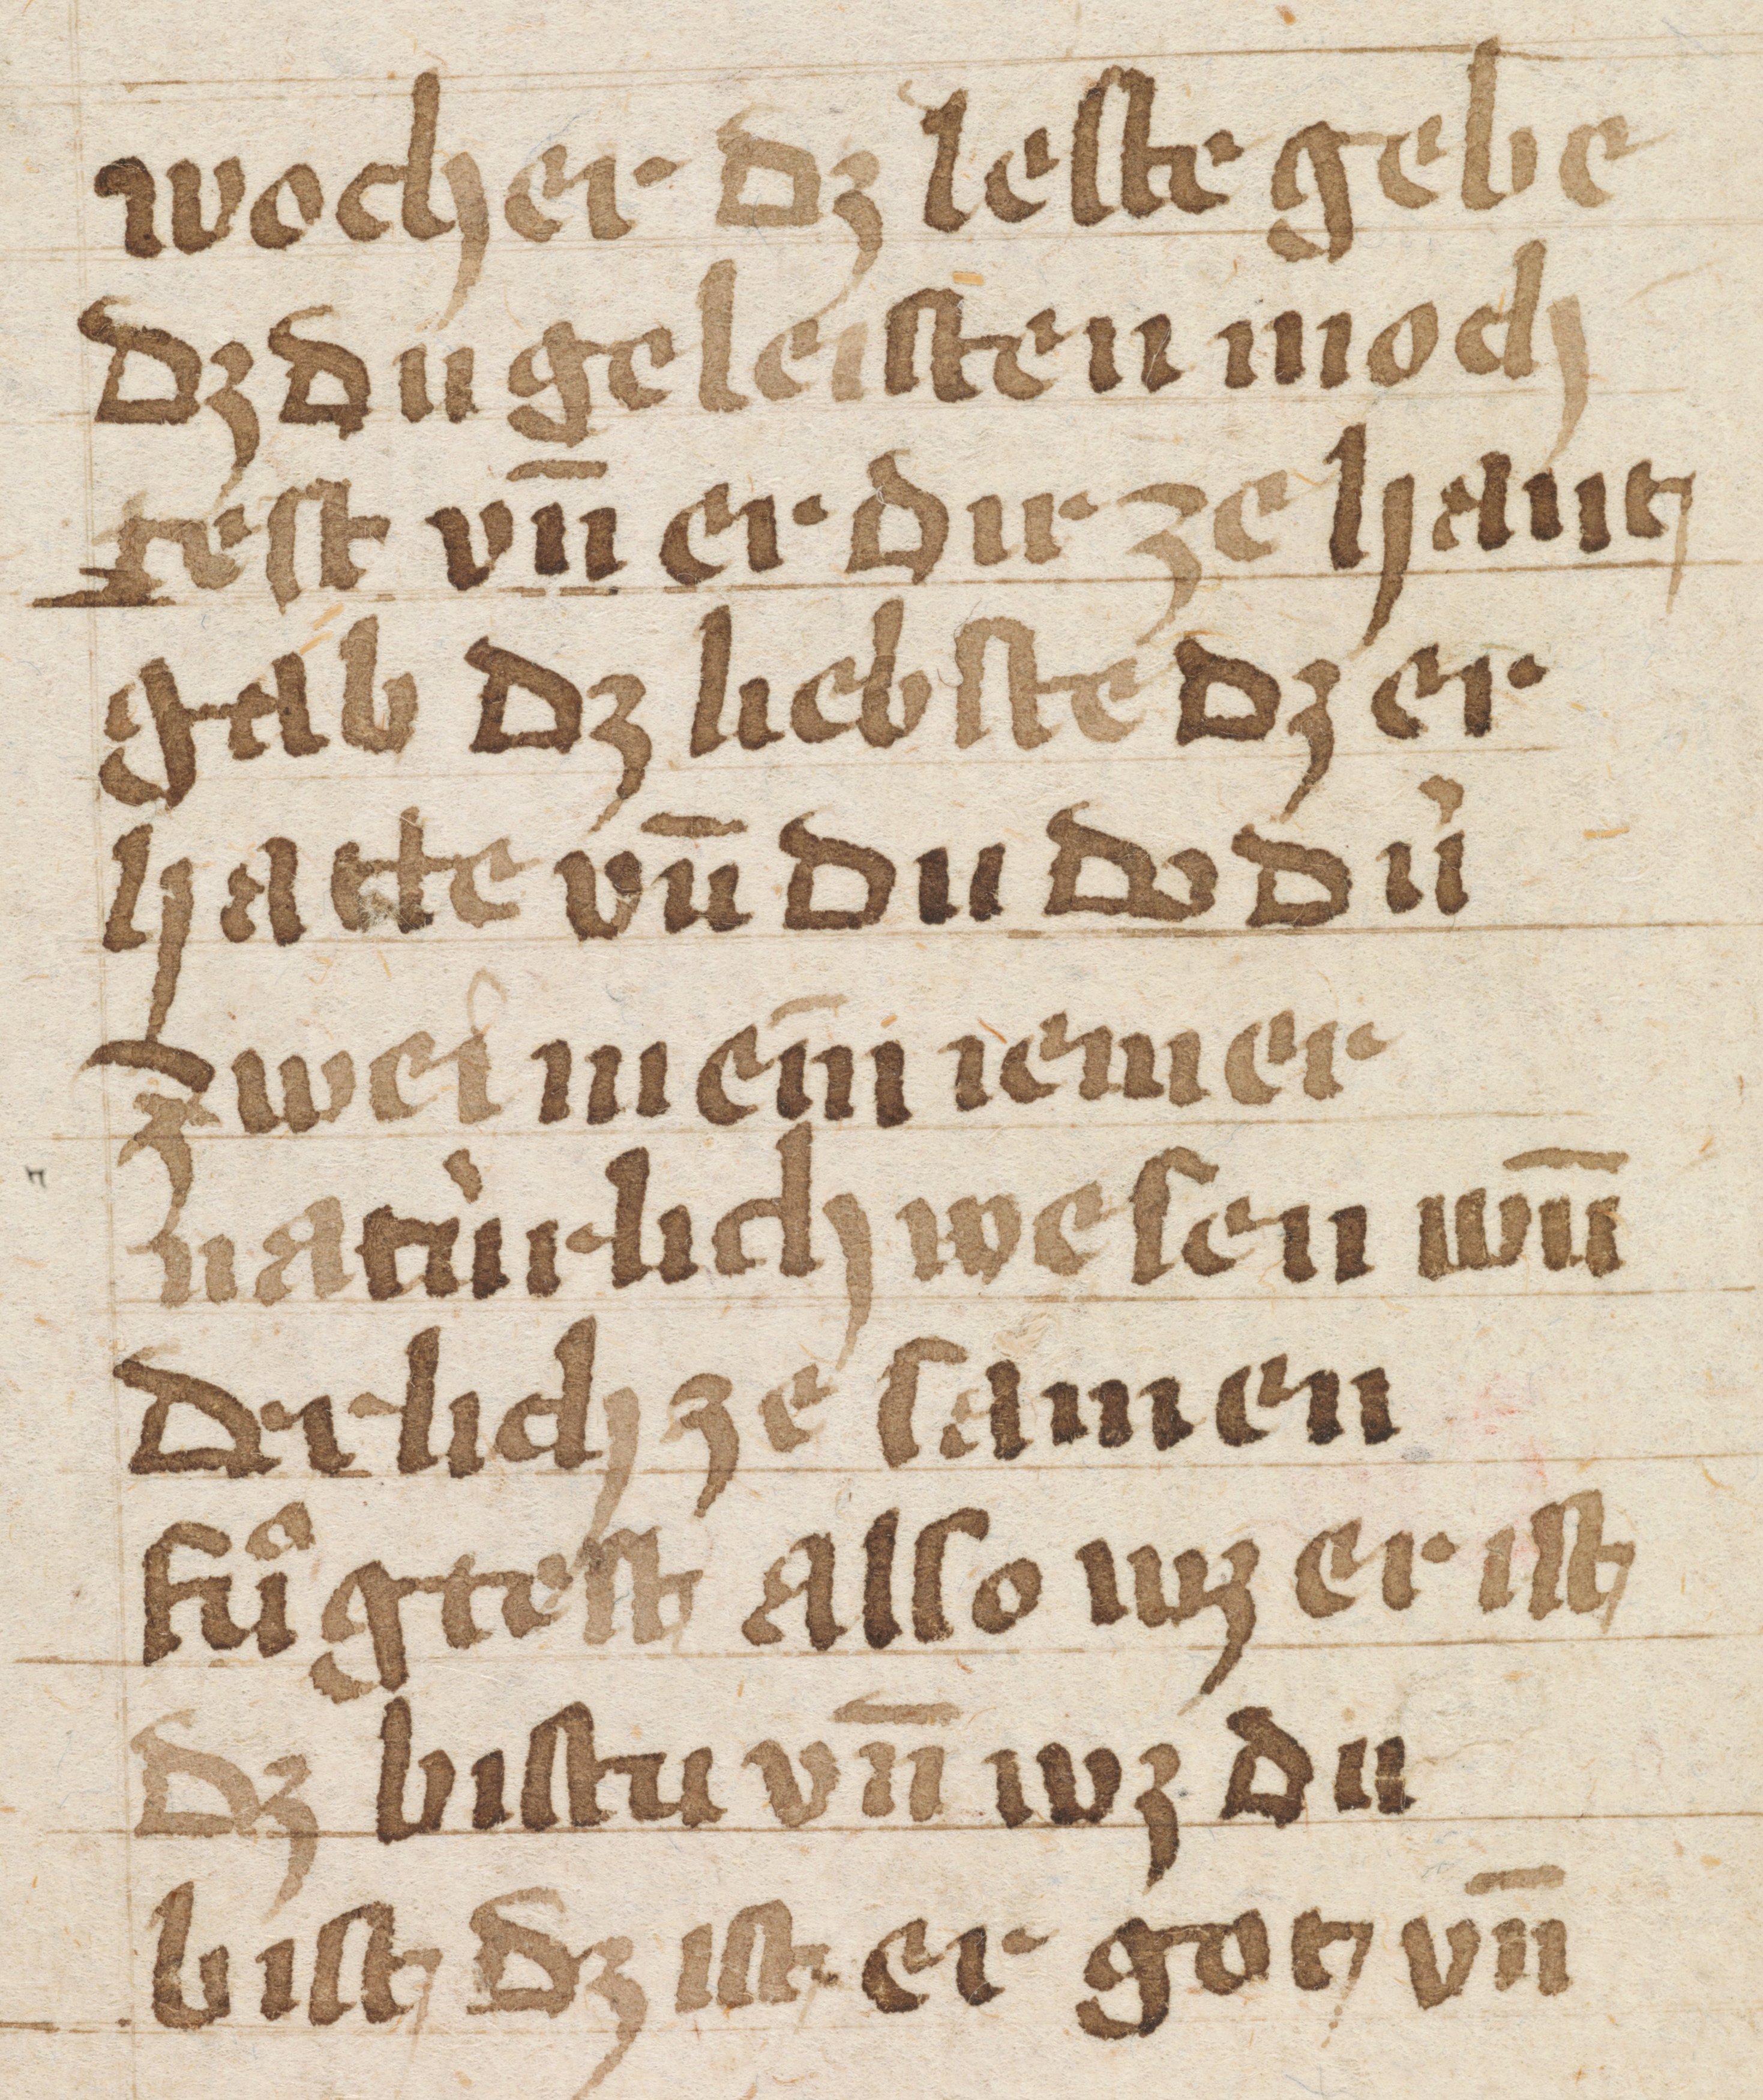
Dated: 1400–1499